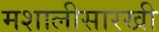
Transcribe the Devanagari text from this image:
मशालीसारखी